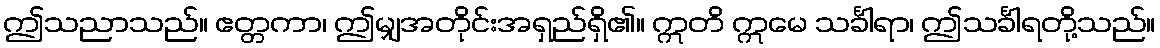
ဤသညာသည်။ ဧတ္တကာ၊ ဤမျှအတိုင်းအရှည်ရှိ၏။ ဣတိ ဣမေ သင်္ခါရာ၊ ဤသင်္ခါရတို့သည်။